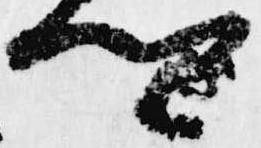
卿